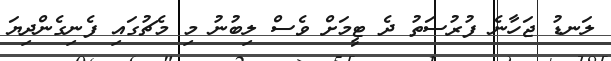
ލަނޑު ޖަހާނެ ފުރުސަތު ދެ ޓީމަށް ވެސް ލިބުނު މި މެޗުގައި ފެނިގެންދިޔަ